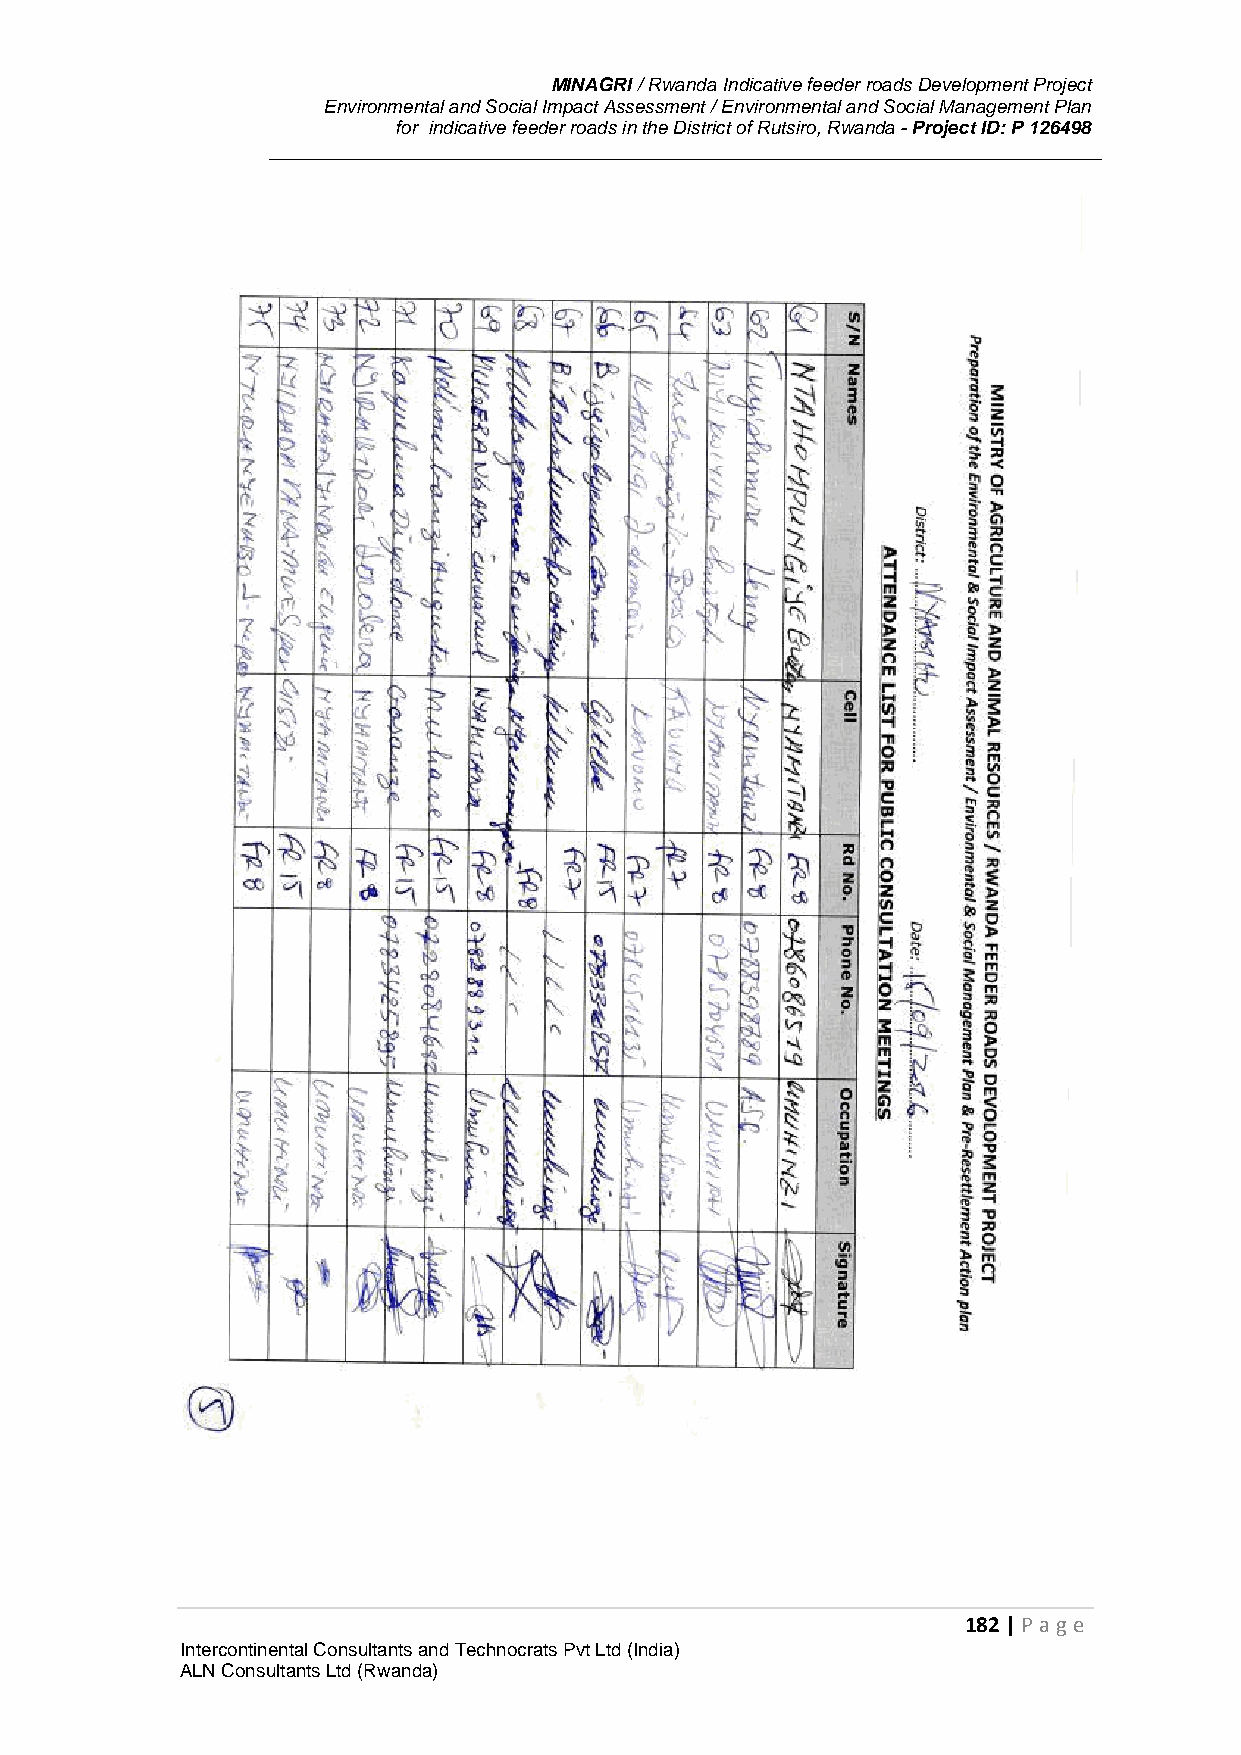
MINAGRI / Rwanda Indicative feeder roads Development Project
 Environmental and Social Impact Assessment / Environmental and Social Management Plan
 for indicative feeder roads in the District of Rutsiro, Rwanda - Project ID: P 126498
 182 | P age
 Intercontinental Consultants and Technocrats Pvt Ltd (India)
 ALN Consultants Ltd (Rwanda)